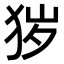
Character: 𤞃